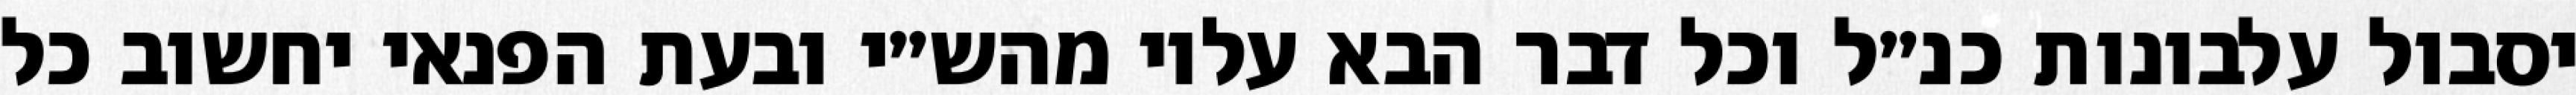
יסבול עלבונות כנ״ל וכל דבר הבא עליו מהש״י ובעת הפנאי יחשוב כל